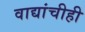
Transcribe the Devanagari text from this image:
वाद्यांचीही